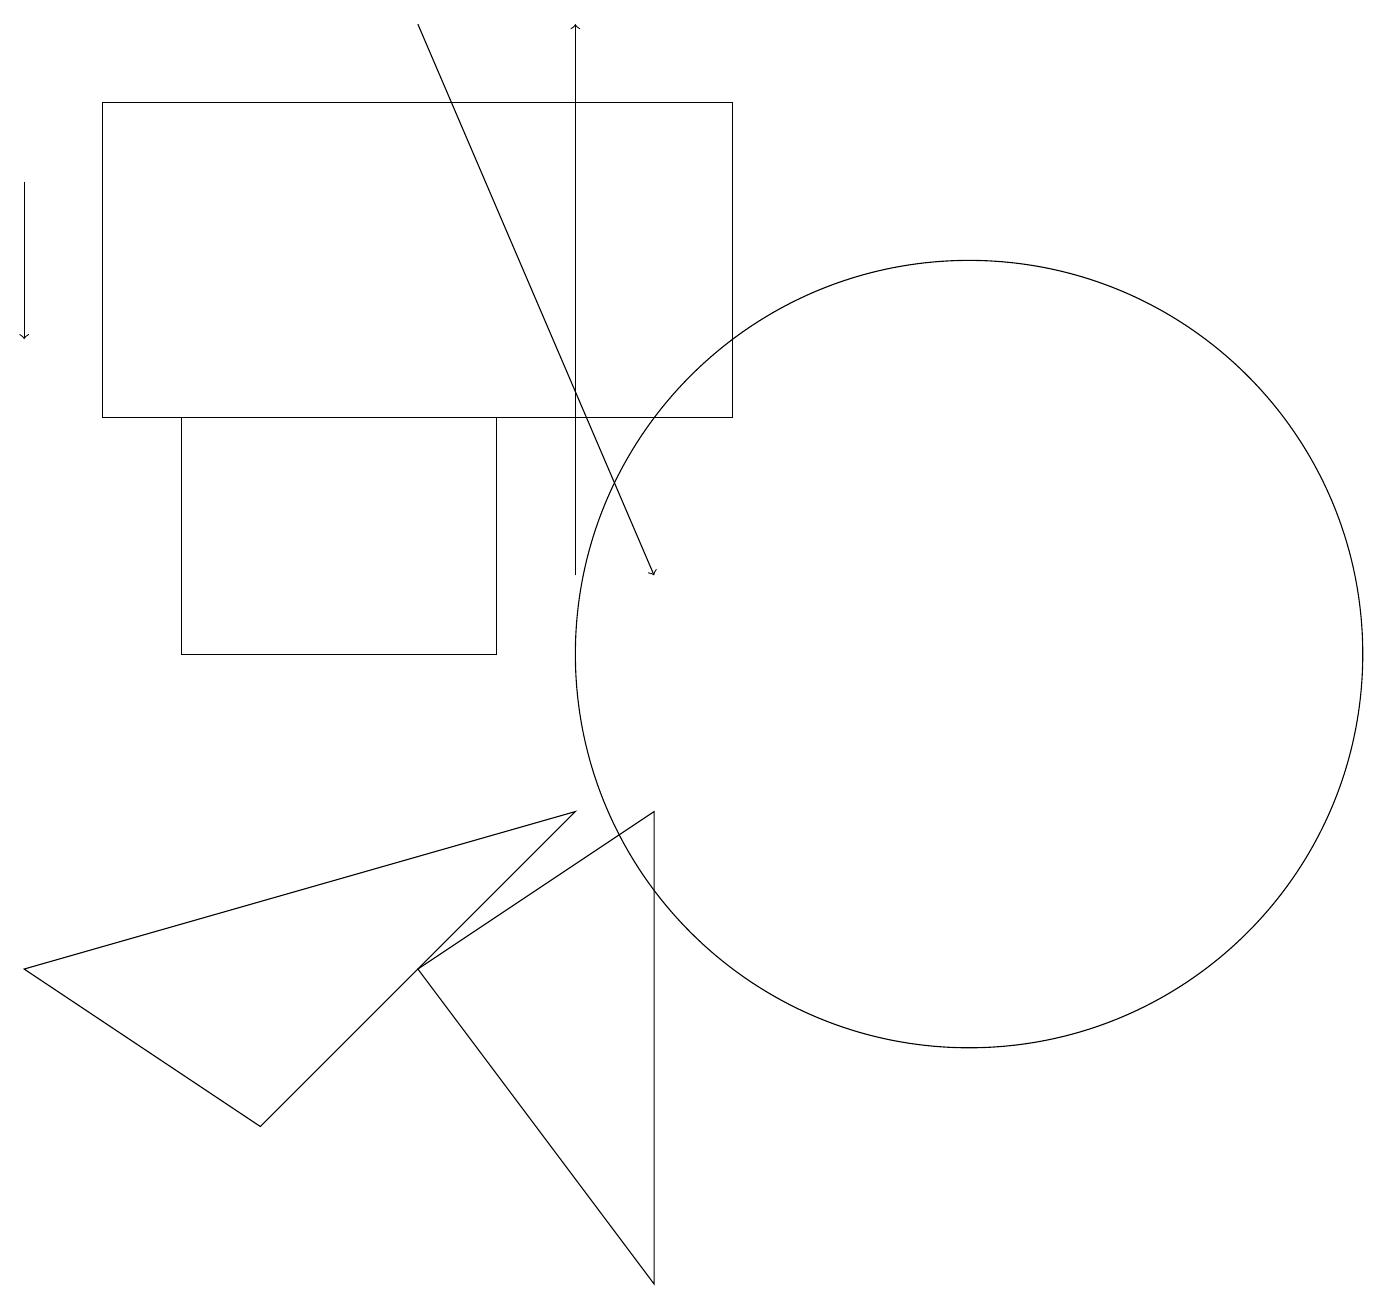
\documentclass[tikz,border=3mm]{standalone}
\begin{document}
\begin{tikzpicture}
\draw (2,14) rectangle (6,11);
\draw (8,9) -- (8,3) -- (5,7) -- cycle;
\draw (3,5) -- (7,9) -- (0,7) -- cycle;
\draw[->] (5,19) -- (8,12);
\draw (1,18) rectangle (9,14);
\draw[->] (0,17) -- (0,15);
\draw (12,11) circle (5);
\draw[->] (7,12) -- (7,19);
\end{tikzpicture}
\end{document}